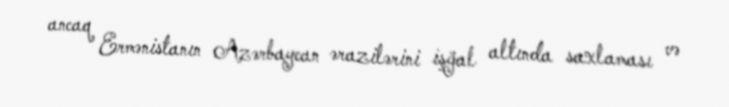
ancaq Ermənistanın Azərbaycan ərazilərini işğal altında saxlaması və